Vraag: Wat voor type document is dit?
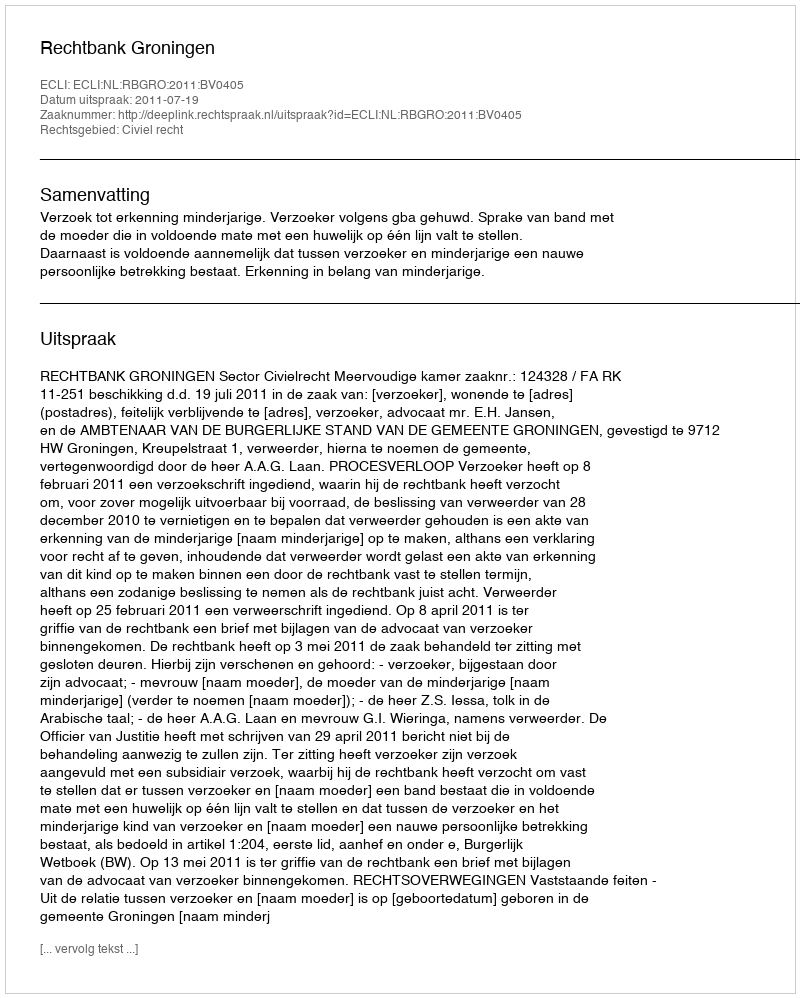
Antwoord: Uitspraak